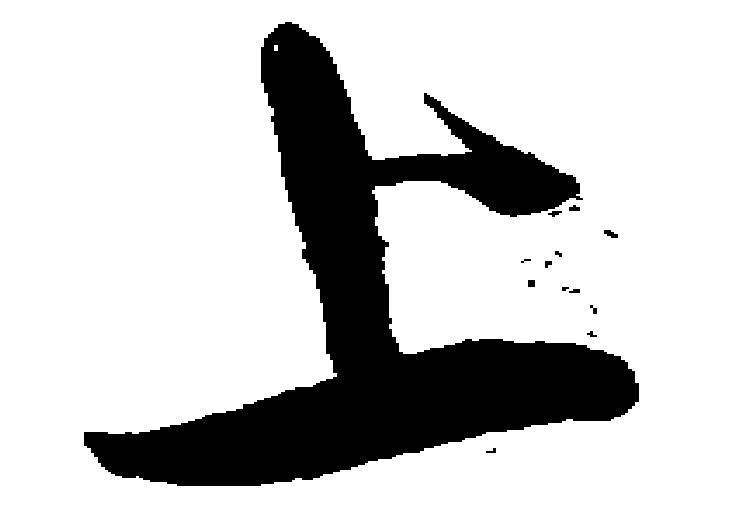
上